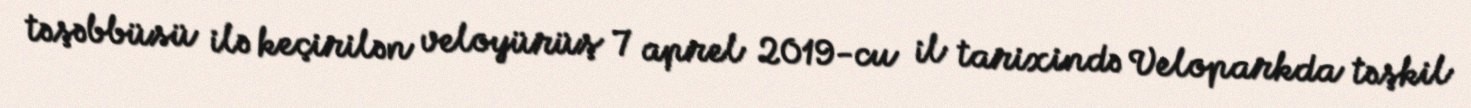
təşəbbüsü ilə keçirilən veloyürüş 7 aprel 2019-cu il tarixində Veloparkda təşkil